Vaccination North-Western Provinces and Oudh 1878-1895 - 1878-1895
Year: 1878
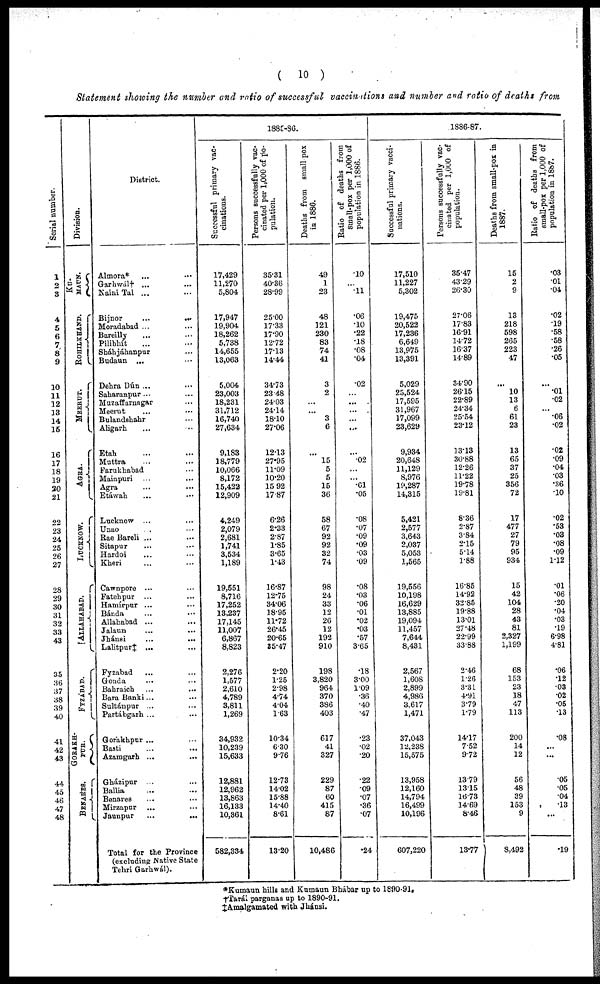
( 10 )
Statement showing the number and ratio of successful vaccinations and number and ratio of deaths from
Serial number.
1
2
3
4
5
6
7
8
9
10
11
12
13
14
15
16
17
18
19
20
21
22
23
24
25
26
27
28
29
30
31
32
33
43
35
36
37
38
39
40
41
42
43
44
45
46
47
48
Division.
KU¬
MAUN.
ROHILKHAND.
MEERUT.
AGRA.
LUCKNOW.
ALLAHABAD.
FYZABAD.
GORAKH¬
PUR.
BENARES.
District.
Almora* ... ...
Garhwál† ... ...
Naini Tal ... ...
Bijnor
...
...
Moradabad ... ...
Bareilly ... ...
Pilibhít ... ...
Sháhjáhanpur ... ...
Budaun ... ...
Dehra Dún ... ...
Saharanpur ... ...
Muzaffarnagar ...
Meerut ... ...
Bulandshahr ...
Aligarh ... ...
Etah ... ...
Muttra ... ...
Farukhabad ...
Mainpuri ... ...
Agra ... ...
Etáwah ... ...
Lucknow ... ...
Unao ... ...
Rae Bareli ... ...
Sitapur ... ...
Hardoi ... ...
Kheri ... ...
Cawnpore ... ...
Fatehpur ... ...
Hamírpur ... ...
Bánda ... ...
Allahabad ... ...
Jalaun
...
...
Jhánsi
...
...
Lalitpur‡ ... ...
Fyzabad ... ...
Gonda ... ...
Bahraich
...
...
Bara Banki... ...
Sultánpur ... ...
Partábgarh ... ...
Gorakhpur ... ...
Basti
...
...
Azamgarh ...
...
Gházipur ... ...
Ballia ... ...
Benares ... ...
Mirzapur ... ...
Jaunpur ... ...
Total for the Province
(excluding Native State
Tehri Garhwál).
1885-86.
Successful primary vac-
cinations.
17,429
11,270
5,804
17,947
19,904
18,262
5,738
14,655
13,063
5,004
23,003
18,231
31,712
16,740
27,634
9,183
18,779
10,066
8,172
15,422
12,909
4,249
2,079
2,681
1,741
3,534
1,189
19,551
8,716
17,252
13,237
17,145
11,007
6,867
8,823
2,276
1,577
2,610
4,789
3,811
1,269
34,932
10,239
15,633
12,881
12,962
13,863
16,133
10,361
582,334
Persons successfully vac¬
cinated per 1,000 of po-
pulation.
35.31
40.36
28.99
25.00
17.33
17.90
12.72
17.13
14.44
34.73
23.48
24.03
24.14
18.10
27.06
12.13
27.95
11.09
10.20
15.92
17.87
6.26
2.33
2.87
1.85
3.65
1.43
16.87
12.75
34.06
18.95
11.72
26.45
20.65
35.47
2.20
1.25
2.98
4.74
4.04
1.63
10.34
6.30
9.76
12.73
14.02
15.88
14.40
8.61
13.20
Deaths from small-pox
in 1886.
49
1
23
48
121
230
83
74
41
3
2
...
...
3
6
...
15
5
5
15
36
58
67
92
92
32
74
98
24
33
12
26
12
192
910
198
3,820
964
370
386
403
617
41
327
229
87
60
415
87
10,486
Ratio of deaths from
small-pox per 1,000 of
population in 1886.
.10
...
.11
.06
.10
.22
.18
.08
.04
.02
...
...
...
...
...
...
.02
...
...
.01
.05
.08
.07
.09
.09
.03
.09
.08
.03
.06
.01
.02
.03
.57
3.65
.18
3.00
1.09
.36
.40
.47
.23
.02
.20
.22
.09
.07
.36
.07
.24
1886.87.
Successful primary vacci-
nations.
17,510
11,227
5,302
19,475
20,522
17,236
6,649
13,975
13,391
5,029
25,524
17,595
31,967
17,099
23,629
9,934
20,648
11,129
8,976
19,287
14,315
5,421
2,577
3,643
2,037
5,053
1,565
19,556
10,198
16,629
13,885
19,094
11,457
7,644
8,431
2,567
1,608
2,899
4,986
3,617
1,471
37,043
12,238
15,575
13,958
12,160
14,794
16,499
10,196
607,220
Persons successfully vac-
cinated per 1,000 of
population.
35.47
43.29
26.30
27.06
17.83
16.91
14.72
16.37
14.89
34.90
26.15
22.89
24.34
25.54
23.12
13.13
30.88
12.26
11.22
19.78
19.81
8.36
2.87
3.84
2.15
5.14
1.88
16.85
14.92
32.85
19.88
13.01
27.48
22.99
33.88
2.46
1.26
3.31
4.91
3.79
1.79
14.17
7.52
9.72
13.79
13.15
16.73
14.69
8.46
13.77
Deaths from small-pox in
1887.
15
2
9
13
218
598
265
223
47
...
10
13
6
61
23
13
65
37
25
356
72
17
477
27
79
95
934
15
42
104
28
43
81
2,327
1,199
68
153
23
18
47
113
200
14
12
56
48
39
153
9
8,492
Ratio of deaths from
small-pox per 1,000 of
population in 1887.
.03
.01
.04
.02
.19
.58
.58
.26
.05
...
.01
.02
...
.06
.02
.02
.09
.04
.03
.36
.10
.02
.53
.03
.08
.09
1.12
.01
.06
.20
.04
.03
.19
6.98
4.81
.06
.12
.03
.02
.05
.13
.08
...
...
.05
.05
.04
.13
...
.19
*Kumaun hills and Kumaun Bhábar up to 1890-91.
†Tarál parganas up to 1890-91.
‡ Amalgamated with Jhánsi.